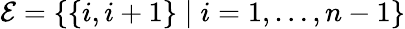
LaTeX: \mathcal{E}=\{ \{ i,i+1\} \mid i=1,\ldots,n-1\}